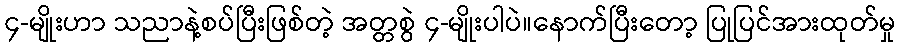
၄-မျိုးဟာ သညာနဲ့စပ်ပြီးဖြစ်တဲ့ အတ္တစွဲ ၄-မျိုးပါပဲ။နောက်ပြီးတော့ ပြုပြင်အားထုတ်မှု